Leaving Certificate Examination (including Day School Certificate (Higher) General paper), 1935
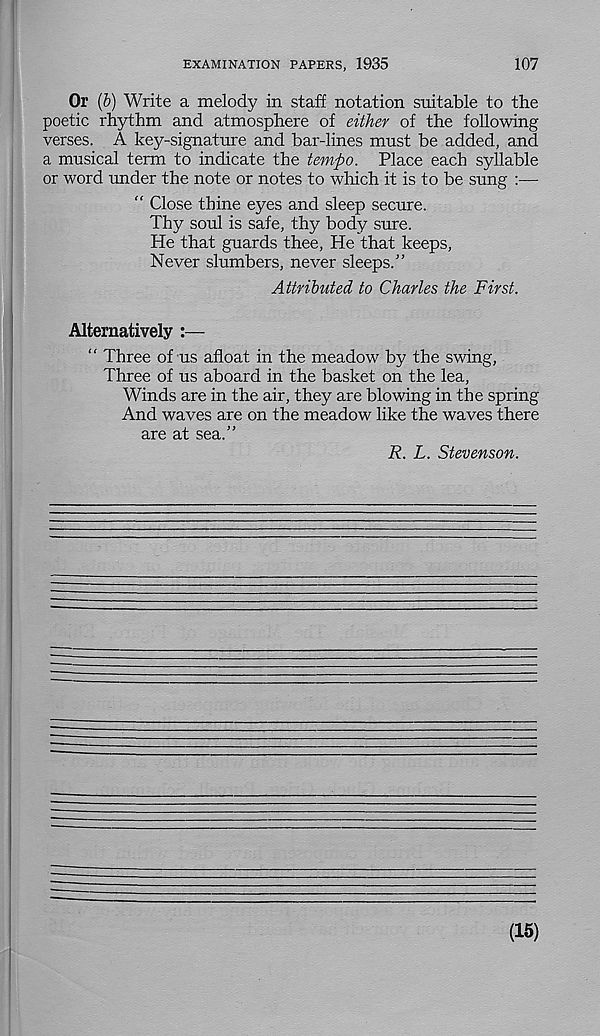
EXAMINATION PAPERS, 1935
107
Or (b) Write a melody in staff notation suitable to the
poetic rhythm and atmosphere of either of the following
verses. A key-signature and bar-lines must be added, and
a musical term to indicate the tempo. Place each syllable
or word under the note or notes to which it is to be sung :—
“ Close thine eyes and sleep secure.
Thy soul is safe, thy body sure.
He that guards thee, He that keeps,
Never slumbers, never sleeps.”
Attributed to Charles the First.
Alternatively :—
" Three of us afloat in the meadow by the swing,
Three of us aboard in the basket on the lea,
Winds are in the air, they are blowing in the spring
And waves are on the meadow like the waves there
are at sea.”
R. L. Stevenson.
(15)